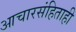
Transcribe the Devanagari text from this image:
आचारसंहिताही